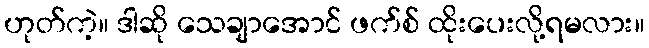
ဟုတ်ကဲ့။ ဒါဆို သေချာအောင် ဖက်စ် ထိုးပေးလို့ရမလား။